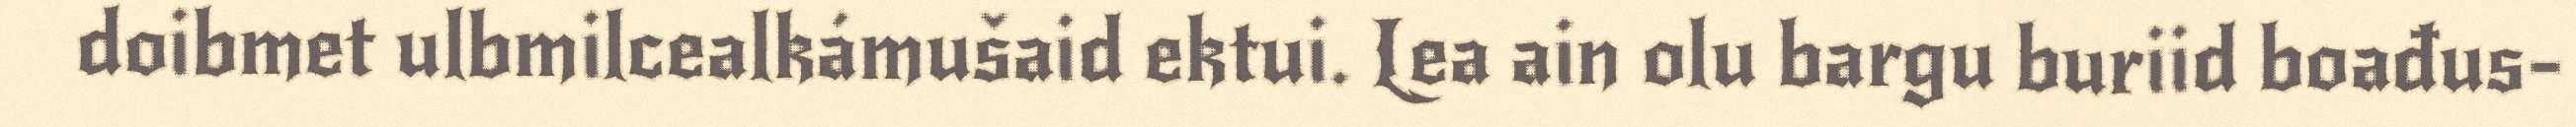
doibmet ulbmilcealkámušaid ektui. Lea ain olu bargu buriid boađus-